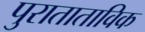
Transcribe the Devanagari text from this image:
पुराताताविक